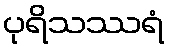
ပုရိသဿရံ